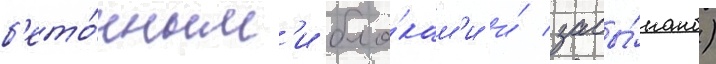
б'ето́нным'и бло́кам'и и́ засы́пано)